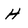
Character: H